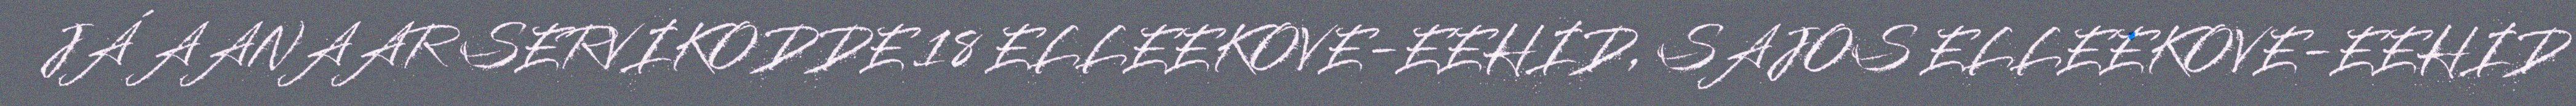
JÁ AANAAR SERVIKODDE 18 ELLEEKOVE-EEHID, SAJOS ELLEEKOVE-EEHID